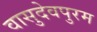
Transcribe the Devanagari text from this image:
वासुदेवपुरम